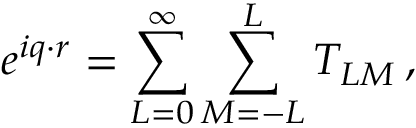
e ^ { i \boldsymbol { q } \cdot \boldsymbol { r } } = \sum _ { L = 0 } ^ { \infty } \sum _ { M = - L } ^ { L } T _ { L M } \, ,